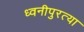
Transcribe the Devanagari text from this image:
ध्वनीपुरत्या